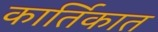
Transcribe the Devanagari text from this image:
कार्तिकात